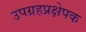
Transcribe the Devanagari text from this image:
उपग्रहप्रक्षेपक